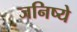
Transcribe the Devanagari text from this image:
जनिष्ये